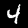
Digit: 4